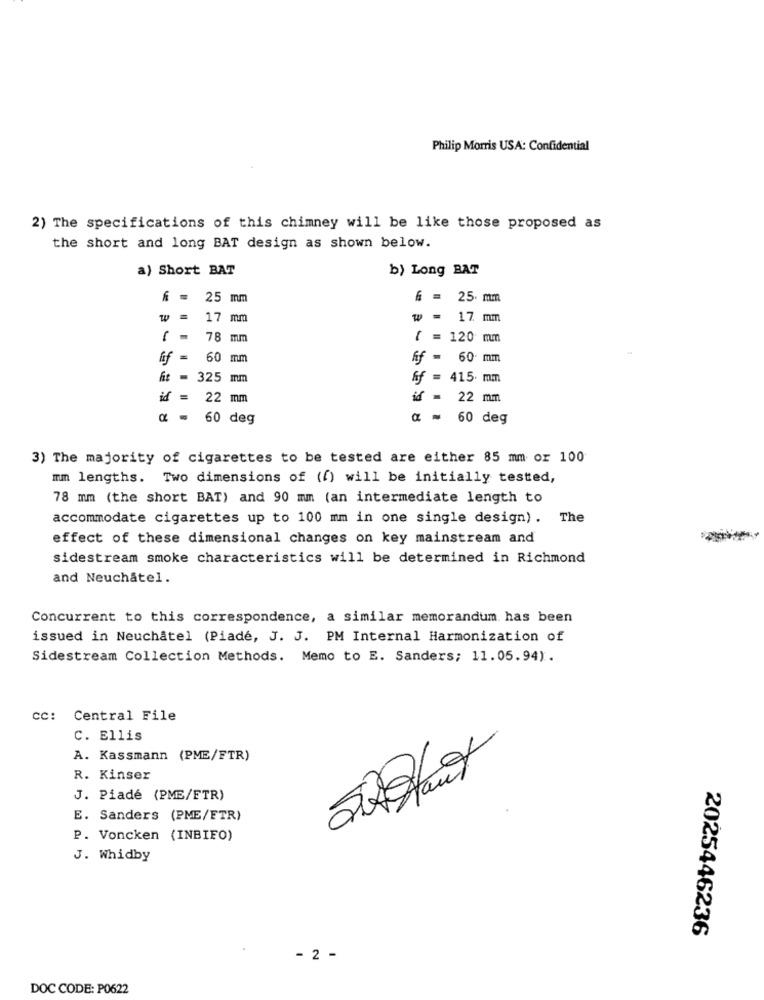
Philip Morris USA: Confidential
2) The specifications of this chimney will be like those proposed as
the short and long BAT design as shown below.
a) Short BAT
b) Long BAT
UE
25 mm
6 = 25. mm
=
17 mm
= 17 mm
78 mm
( = 120 mm
ff = 60 mm
ff = 60 mm
hit - 325 mm
ff = 415. mm
id = 22 mm
id = 22 mm
60 deg
a = 60 deg
3) The majority of cigarettes to be tested are either 85 mm or 100
mm lengths. Two dimensions of (f) will be initially tested,
78 mm (the short BAT) and 90 mm (an intermediate length to
accommodate cigarettes up to 100 mm in one single design). The
effect of these dimensional changes on key mainstream and
sidestream smoke characteristics will be determined in Richmond
and Neuchâtel.
Concurrent to this correspondence, a similar memorandum has been
issued in Neuchatel (Piade, J. J. PM Internal Harmonization of
Sidestream Collection Methods. Memo to E. Sanders; 11.05.94).
CC:
Central File
C. Ellis
A. Kassmann (PME/FTR)
R. Kinser
J. Piadé (PME/FTR)
E. Sanders (PME/FTR)
P. Voncken (INBIFO)
J. Whidby
2025446236
- 2 -
DOC CODE: P0622